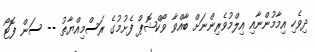
ދިވެހި އިމާމުންނާއި އިލްމުވެރިންނަށް ބާއްވާ ވޯކްޝޮޕް ފެށުމުގެ ރަސްމިއްޔާތު -- ސަން ފޮޓޯ